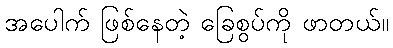
အပေါက် ဖြစ်နေတဲ့ ခြေစွပ်ကို ဖာတယ်။